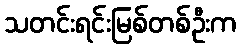
သတင်းရင်းမြစ်တစ်ဦးက